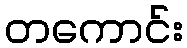
တကောင်း